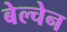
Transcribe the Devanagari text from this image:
बेल्चेन